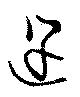
途